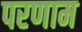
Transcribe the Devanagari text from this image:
परणाम